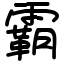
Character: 霸